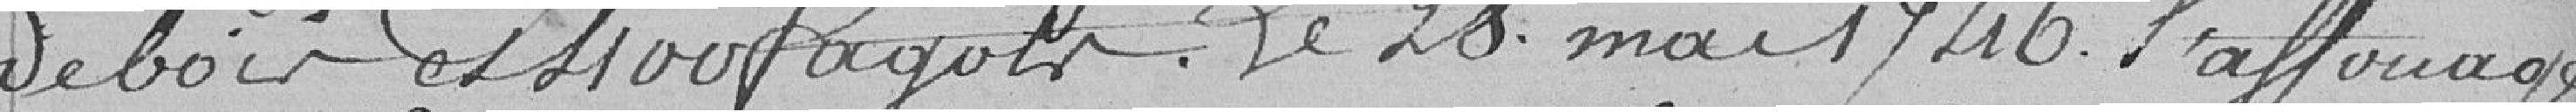
de bois et 400 fagots. Le 28 mai 1746 l'affouage